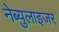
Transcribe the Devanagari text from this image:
नेब्युलाइजर